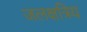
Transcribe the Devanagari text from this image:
जलक्षत्रिय